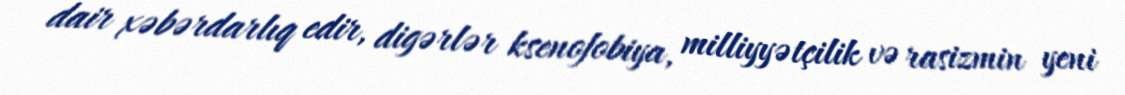
dair xəbərdarlıq edir, digərlər ksenofobiya, milliyyətçilik və rasizmin yeni